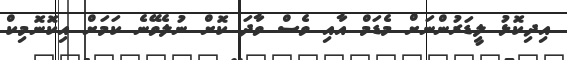
އިދިކޮޅު ލީޑަރުންނަށް މެޑަމް އާއި ވެސް ވާދަ ކޮށް ނުލެވޭނެ ކަމަށް އިކޮނޮމިކް